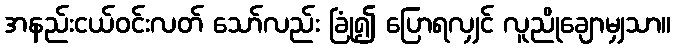
အနည်းငယ်ဝင်းလတ် သော်လည်း ခြုံ၍ ပြောရလျှင် လူညိုချောမျှသာ။